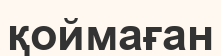
қоймаған